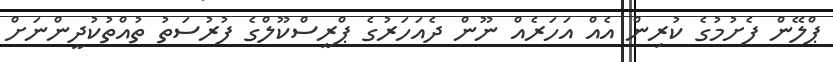
ޕްލޭން ފެށުމުގެ ކުރިން އެއް އަހަރެއް ނޫން ދެއަހަރުގެ ޕްރީސްކޫލްގެ ފުރުސަތު ތުއްތުކުދީންނަށް